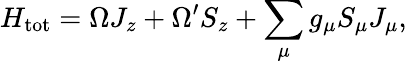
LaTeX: H_{\mathrm{tot}}=\Omega J_{z}+\Omega^{\prime}S_{z}+\sum_{\mu}g_{\mu}S_{\mu}J_{\mu},